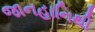
જાનહાનિથી